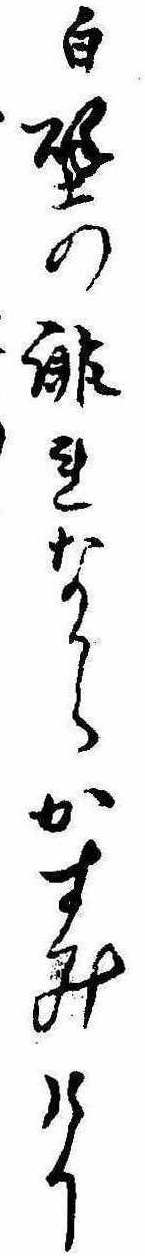
白壁の誹れなからかすみけり